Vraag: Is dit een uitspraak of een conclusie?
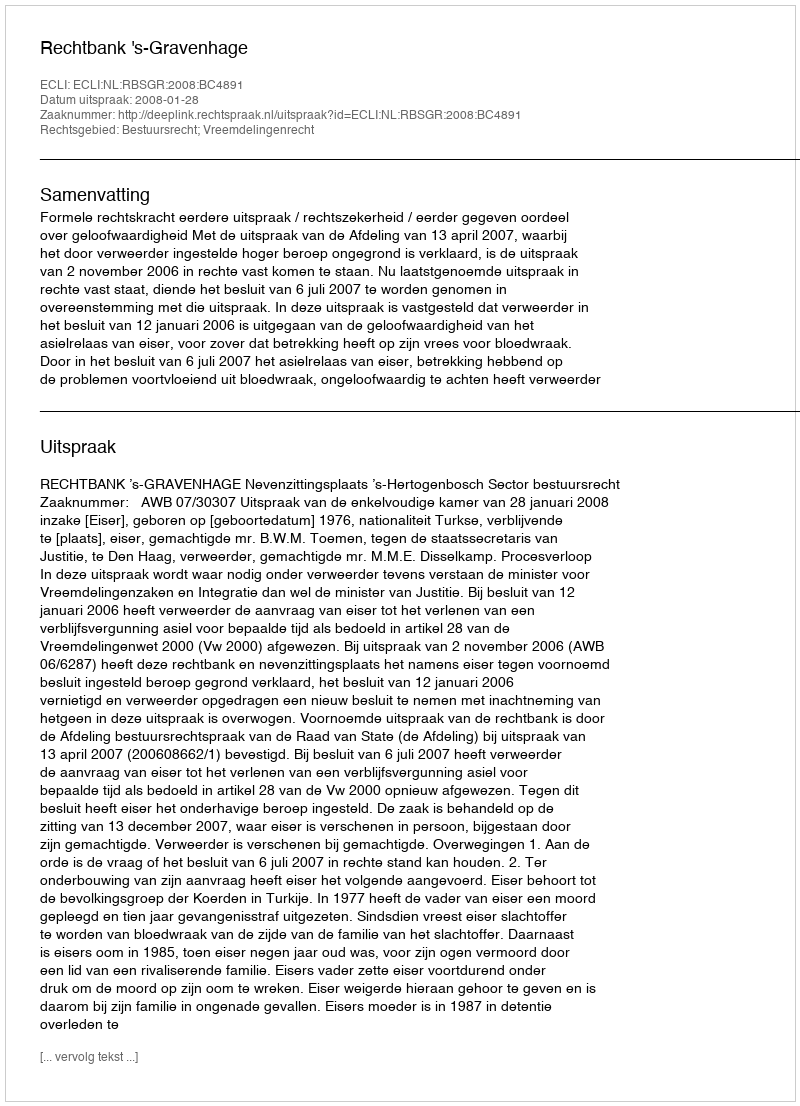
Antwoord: Uitspraak